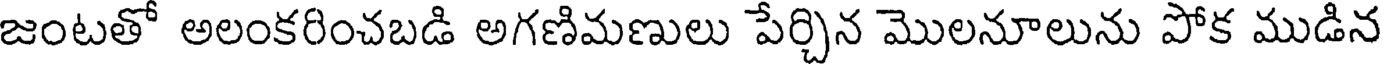
జంటతో అలంకరించబడి అగణిమణులు పేర్చిన మొలనూలును పోక ముడిన